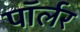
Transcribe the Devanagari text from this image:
पॉर्लर